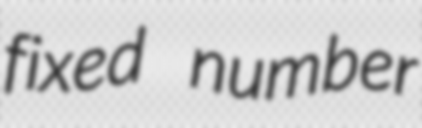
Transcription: fixed number